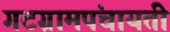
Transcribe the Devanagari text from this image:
गटग्रामपंचायती